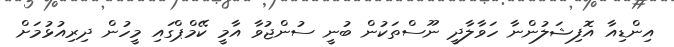
އިންޑިއާ އޮފިޝަލުންނާ ހަވާލާދީ ނޫސްތަކުން ބުނީ ސުންޖުވާ އާމީ ކޭމްޕްގައި މީހުން ދިރިއުޅުމަށް